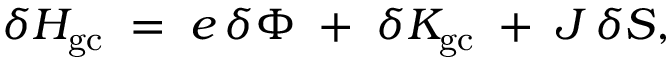
\delta { \cal H } _ { \mathrm { g c } } \; = \; e \, \delta \Phi \; + \; \delta K _ { \mathrm { g c } } \; + \; J \, \delta { \cal S } ,